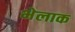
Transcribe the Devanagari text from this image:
भेलाक